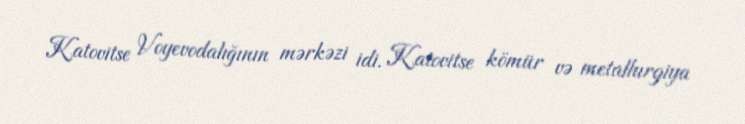
Katovitse Voyevodalığının mərkəzi idi. Katovitse kömür və metallurgiya